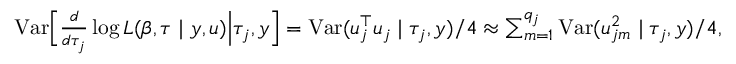
\begin{array} { r } { { \mathrm { V a r } } \Big [ \frac { d } { d \tau _ { j } } \log L ( \beta , \tau \mid y , u ) \Big | \tau _ { j } , y \Big ] = { \mathrm { V a r } } ( u _ { j } ^ { \top } u _ { j } \mid \tau _ { j } , y ) / 4 \approx \sum _ { m = 1 } ^ { q _ { j } } { \mathrm { V a r } } ( u _ { j m } ^ { 2 } \mid \tau _ { j } , y ) / 4 , } \end{array}